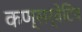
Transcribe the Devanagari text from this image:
कण्सर्वेटिव